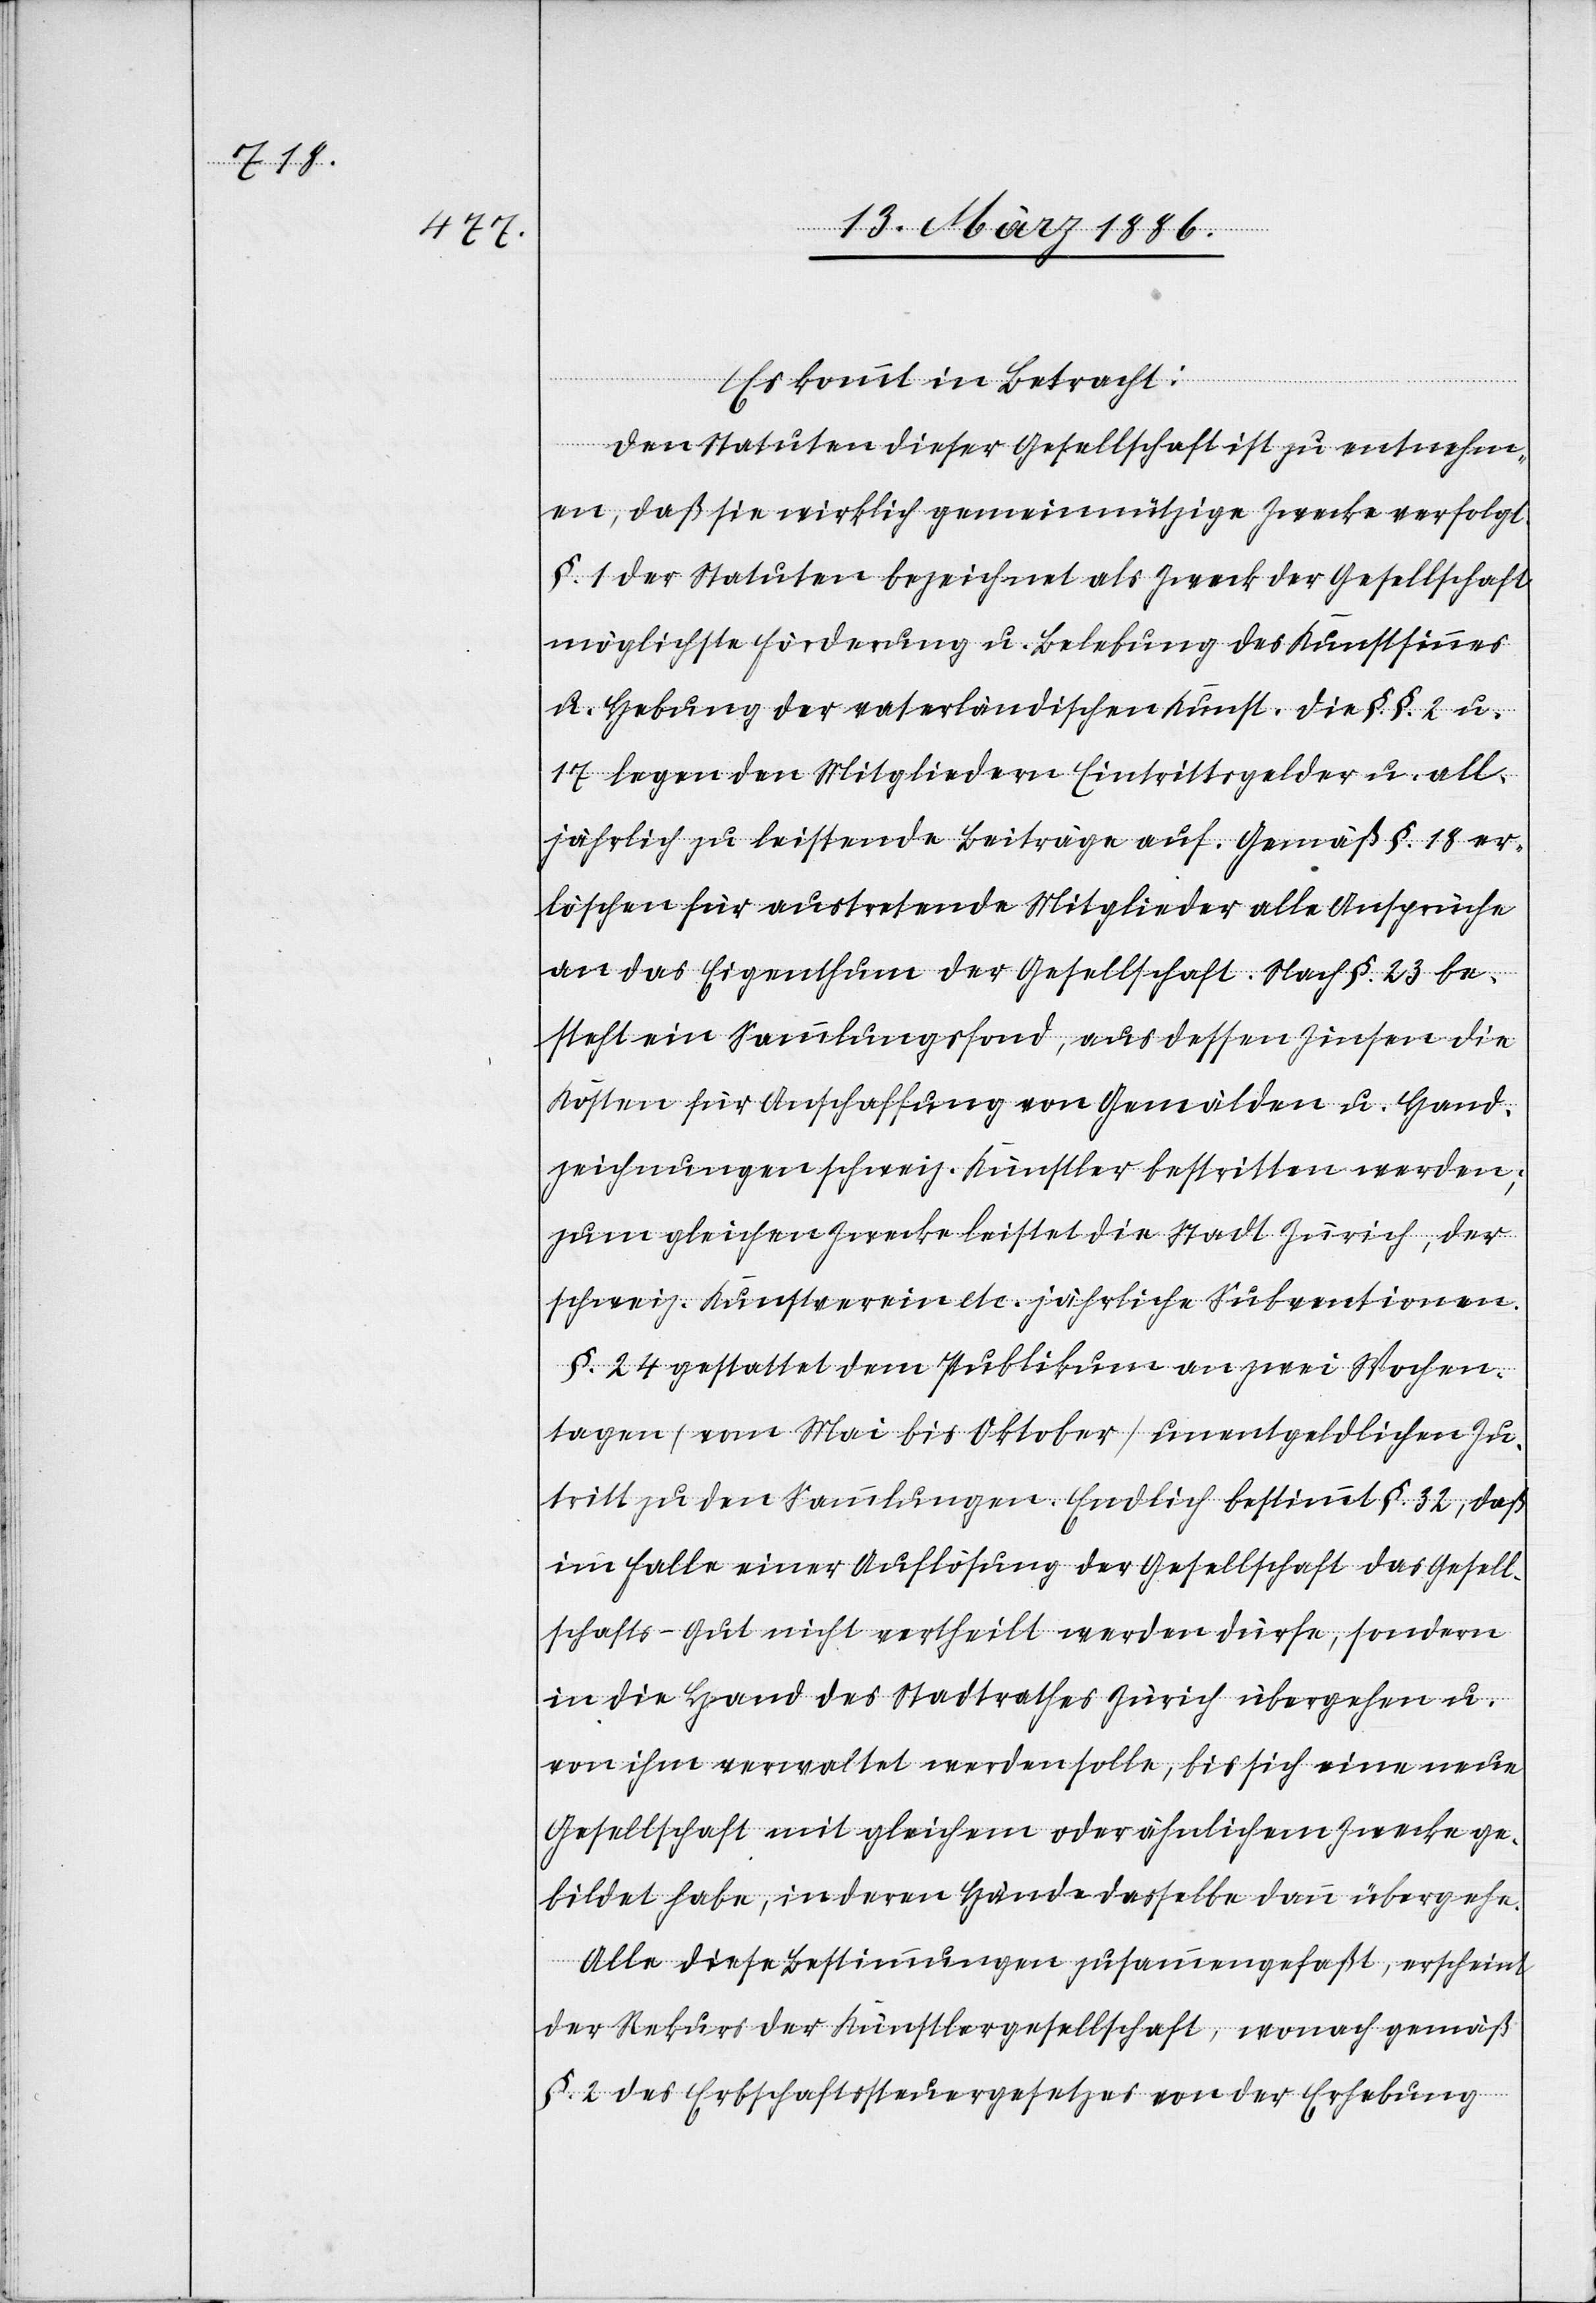
Es kommt in Betracht:
Den Statuten dieser Gesellschaft ist zu entnehm¬
en, daß sie wirklich gemeinnützige Zwecke verfolgt.
§. 1 der Statuten bezeichnet als Zweck der Gesellschaft
möglichste Förderung u. Belebung des Kunstsinnes
u. Hebung der vaterländischen Kunst. Die §. §. 2 u.
17 legen den Mitgliedern Eintrittsgelder u. all¬
jährlich zu leistende Beiträge auf. Gemäß §. 18 er¬
löschen für austretende Mitglieder alle Ansprüche
an das Eigenthum der Gesellschaft. Nach §. 23 be¬
steht ein Sammlungsfond, aus dessen Zinsen die
Kosten für Anschaffung von Gemälden u. Hand¬
zeichnungen schweiz. Künstler bestritten werden;
zum gleichen Zwecke leistet die Stadt Zürich, der
schweiz. Kunstverein etc. jährliche Subventionen.
§. 24 gestattet dem Publikum an zwei Wochen¬
tagen (vom Mai bis Oktober) unentgeltlichen Zu¬
tritt zu den Sammlungen. Endlich bestimmt §. 32, daß
im Falle einer Auflösung der Gesellschaft das Gesell¬
schafts-Gut nicht vertheilt werden dürfe, sondern
in die Hand des Stadtrathes Zürich übergehen u.
von ihm verwaltet werden solle, bis sich eine neue
Gesellschaft mit gleichem oder ähnlichem Zwecke ge¬
bildet habe, in deren Hände dasselbe dann übergehe.
Alle diese Bestimmungen zusammengefaßt, erscheint
der Rekurs der Künstlergesellschaft, wonach gemäß
§. 2 des Erbschaftssteuergesetzes von der Erhebung